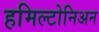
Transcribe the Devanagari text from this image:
हमिल्टोनिअन